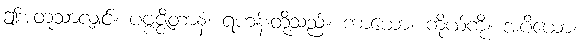
ဤအတူသာလျှင်။ ပဗ္ဗဇ္ဇိတာနံ၊ ရဟန်းတို့သည်။ ကာယော၊ ကိုယ်ကို။ အပိယော၊